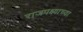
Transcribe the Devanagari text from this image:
राजपक्ष्याच्या